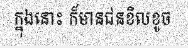
ក្នុងនោះ ក៏មានជនខិលខូច